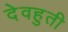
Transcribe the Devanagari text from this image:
देवहुती